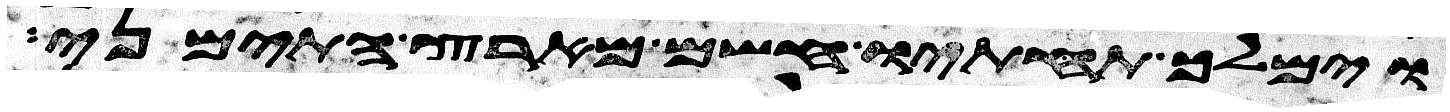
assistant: וימלך תחתיו חשם מארץ התימני